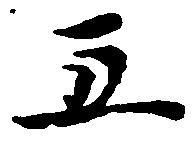
五